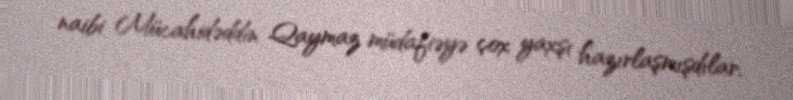
naibi Mücahidəddin Qaymaz müdafiəyə çox yaxşı hazırlaşmışdılar.